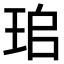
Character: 𤤷